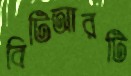
বিটিআরটি